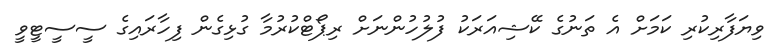
ވިޔަފާރިކުރި ކަމަށް އެ ތަނުގެ ކޭޝިއަރަކު ފުލުހުންނަށް ރިޕޯޓްކުރުމާ ގުޅިގެން ފިހާރައިގެ ސީސީޓީވީ